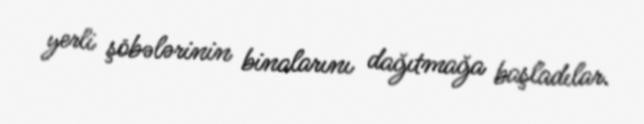
yerli şöbələrinin binalarını dağıtmağa başladılar.